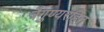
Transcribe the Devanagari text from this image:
त्रैगुण्यरहित